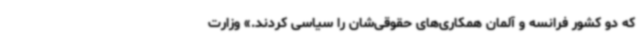
که دو کشور فرانسه و آلمان همکاری‌های حقوقی‌شان را سیاسی کردند.» وزارت